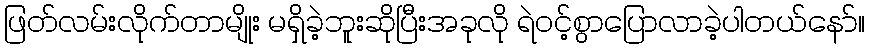
ဖြတ်လမ်းလိုက်တာမျိုး မရှိခဲ့ဘူးဆိုပြီးအခုလို ရဲဝင့်စွာပြောလာခဲ့ပါတယ်နော်။